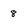
Character: 8